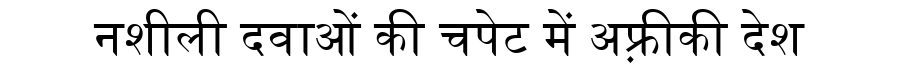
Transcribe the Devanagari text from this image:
नशीली दवाओं की चपेट में अफ़्रीकी देश